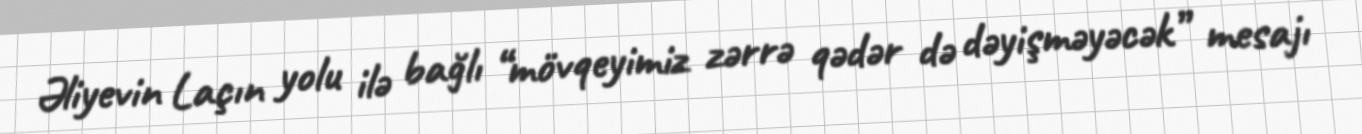
Əliyevin Laçın yolu ilə bağlı “mövqeyimiz zərrə qədər də dəyişməyəcək” mesajı